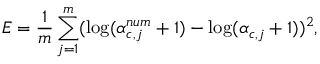
E = \frac { 1 } { m } \sum _ { j = 1 } ^ { m } ( \log ( \alpha _ { c , j } ^ { n u m } + 1 ) - \log ( \alpha _ { c , j } + 1 ) ) ^ { 2 } ,